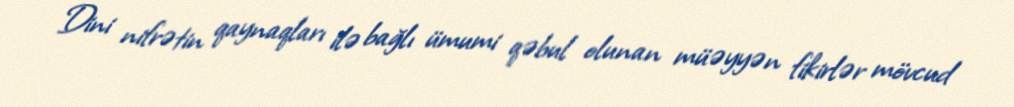
Dini nifrətin qaynaqları ilə bağlı ümumi qəbul olunan müəyyən fikirlər mövcud